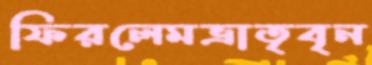
ফিরলেমভ্রাতৃবৃন